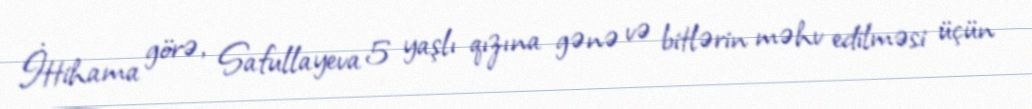
İttihama görə, Safullayeva 5 yaşlı qızına gənə və bitlərin məhv edilməsi üçün